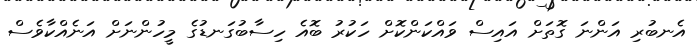
އެނބުރި އަންނަ ގޮތަށް އައިސް ވައްކަންކޮށް ހަކުރު ބޮއެ ހިސާބުގަނޑުގެ މީހުންނަށް އަނެއްކާވެސް